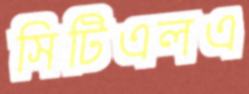
সিটিএলএ